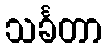
သင်္ခတာ